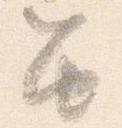
笛